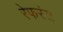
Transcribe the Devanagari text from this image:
रेफरंस